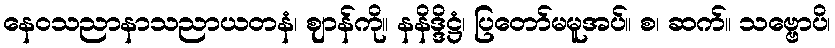
နေဝသညာနာသညာယတနံ၊ ဈာန်ကို။ နနိဒ္ဒိဋ္ဌံ၊ ပြတော်မမူအပ်။ စ၊ ဆက်။ သဗ္ဗောပိ၊